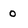
Character: 0